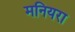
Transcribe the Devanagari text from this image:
मनियरा